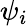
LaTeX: \psi_{i}